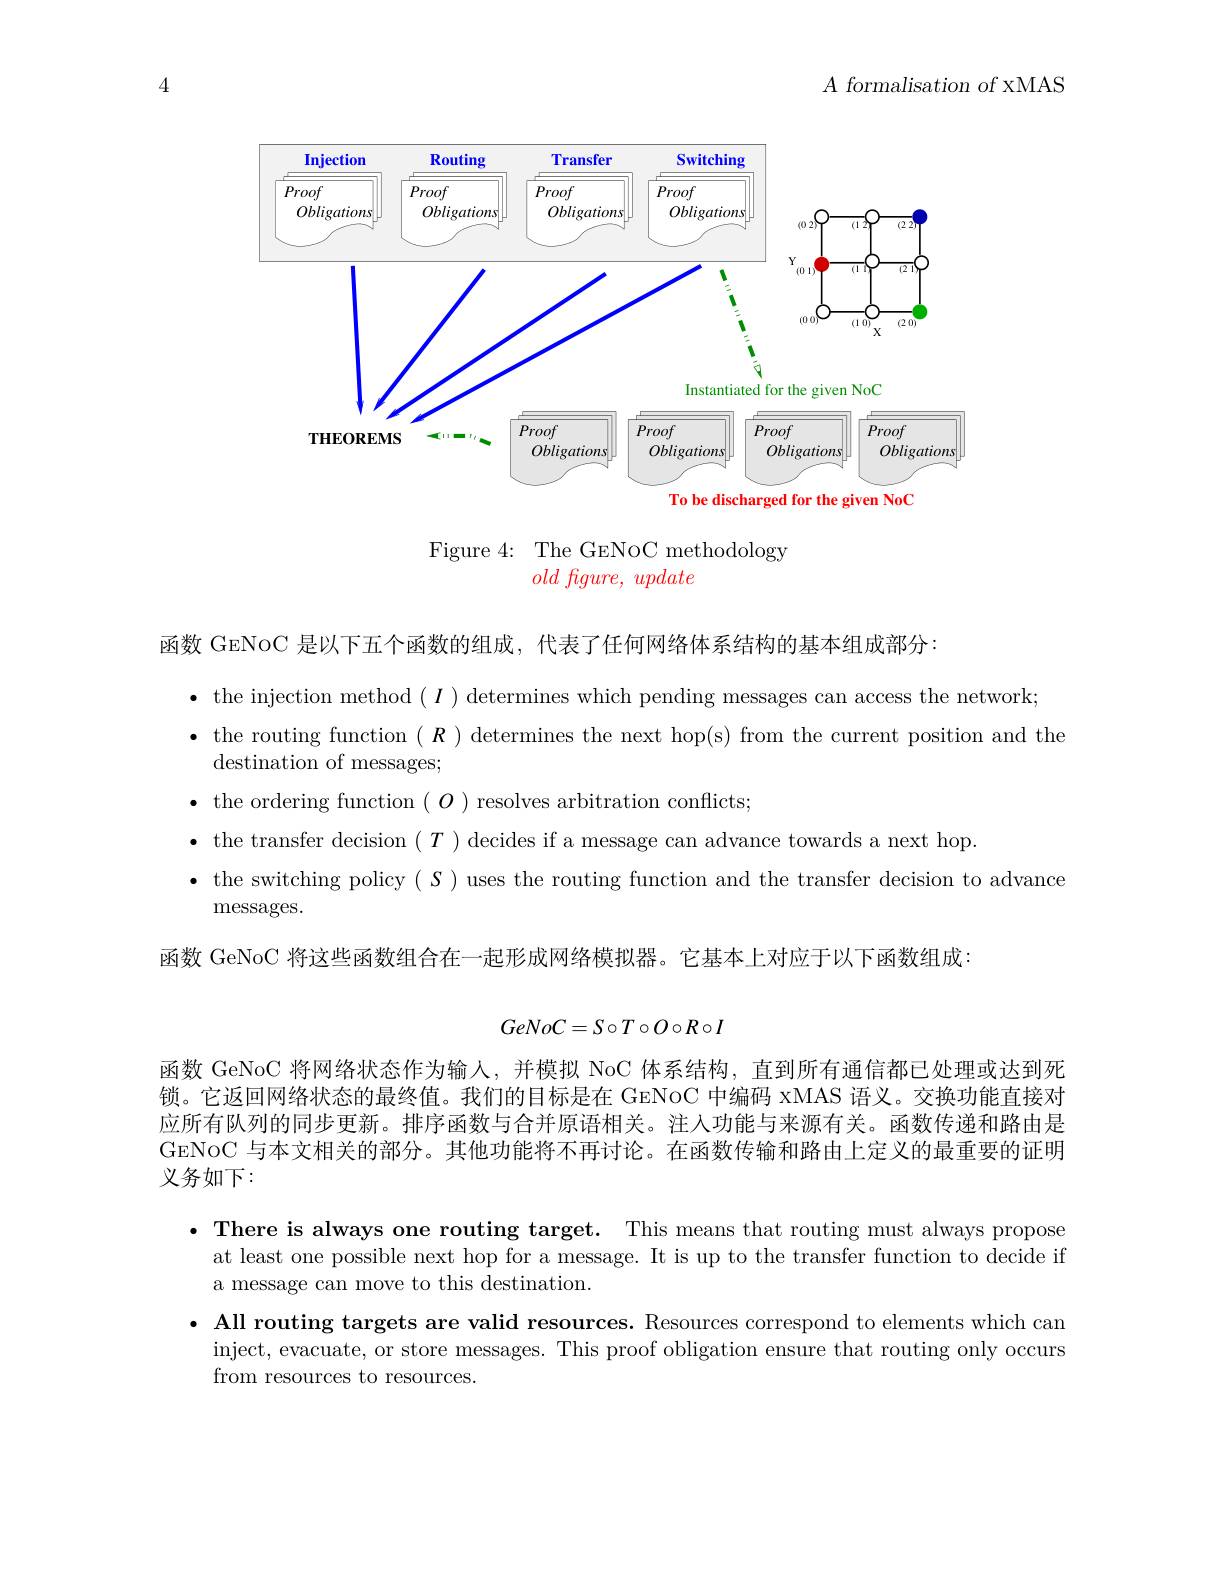
4

$A$ formalisation of xMAS

<FigureHere>

Figure 4: The GENoC methodology
$old\textit{ figure, update}$

函数 GENoC 是以下五个函数的组成，代表了任何网络体系结构的基本组成部分：
$\bullet$ the injection method $(I)$ determines which pending messages can access the network;
$\bullet$ the routing function $(R)$ determines the next hop(s) from the current position and the
destination of messages;
$\bullet$ the ordering function $(O)$ resolves arbitration conflicts;
$\bullet$ the transfer decision $(T)$ decides if a message can advance towards a next hop.
$\bullet$ the switching policy $(S)$ uses the routing function and the transfer decision to advance
messages.
函数 GeNoC 将这些函数组合在一起形成网络模拟器。它基本上对应于以下函数组成：
$$GeNoC=S\circ T\circ O\circ R\circ I$$
函数 GeNoC 将网络状态作为输人，并模拟 NoC 体系结构，直到所有通信都已处理或达到死锁。它返回网络状态的最终值。我们的目标是在 GENOC 中编码 xMAS 语义。交换功能直接对应所有队列的同步更新。排序函数与合并原语相关。注人功能与来源有关。函数传递和路由是GeNoC 与本文相关的部分。其他功能将不再讨论。在函数传输和路由上定义的最重要的证明义务如下：

· There is always one routing target. This means that routing must always propose
at least one possible next hop for a message. It is up to the transfer function to decide if
a message can move to this destination.
· All routing targets are valid resources. Resources correspond to elements which can
inject, evacuate, or store messages. This proof obligation ensure that routing only occurs
from resources to resources.